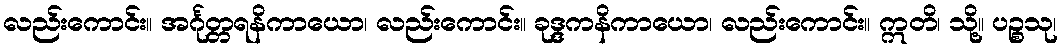
လည်းကောင်း။ အင်္ဂုတ္တရနိကာယော၊ လည်းကောင်း။ ခုဒ္ဒကနိကာယော၊ လည်းကောင်း။ ဣတိ၊ သို့။ ပဉ္စသု၊